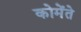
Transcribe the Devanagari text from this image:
कोमेंते